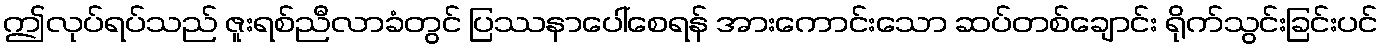
ဤလုပ်ရပ်သည် ဇူးရစ်ညီလာခံတွင် ပြဿနာပေါ်စေရန် အားကောင်းသော ဆပ်တစ်ချောင်း ရိုက်သွင်းခြင်းပင်